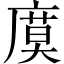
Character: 𢊗